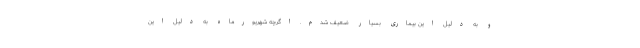
و به دلیل این بیماری بسیار ضعیف شدم. اگرچه شهریورماه به دلیل این